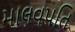
માલવપતિ